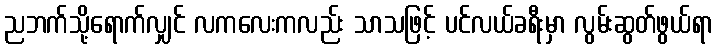
ညဘက်သို့ရောက်လျှင် လကလေးကလည်း သာသဖြင့် ပင်လယ်ခရီးမှာ လွမ်းဆွတ်ဖွယ်ရာ